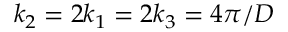
k _ { 2 } = 2 k _ { 1 } = 2 k _ { 3 } = 4 \pi / D